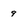
Character: 9